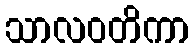
သာလဝတိကာ